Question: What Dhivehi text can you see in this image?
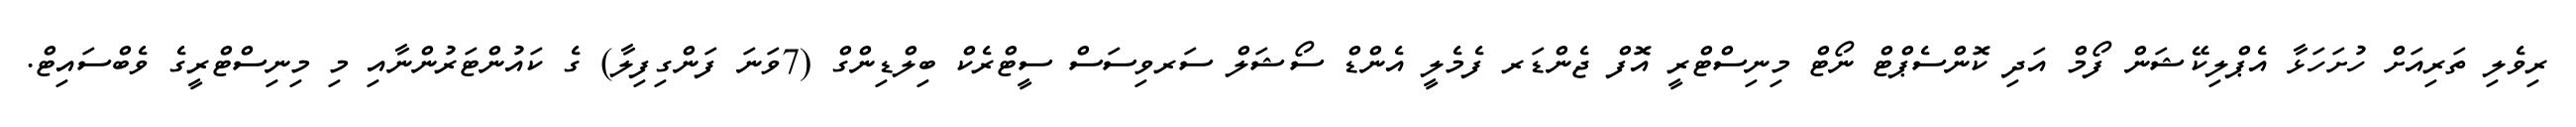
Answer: ރިވެލި ތަރިއަށް ހުށަހަޅާ އެޕްލިކޭޝަން ފޯމް އަދި ކޮންސެޕްޓް ނޯޓް މިނިސްޓްރީ އޮފް ޖެންޑަރ ފެމެލީ އެންޑް ސޯޝަލް ސަރވިސަސް ސީޓްރެކް ބިލްޑިންގް (7ވަނަ ފަންގިފިލާ) ގެ ކައުންޓަރުންނާއި މި މިނިސްޓްރީގެ ވެބްސައިޓް.